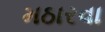
મઠારવા